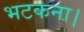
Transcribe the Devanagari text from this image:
भटकना।